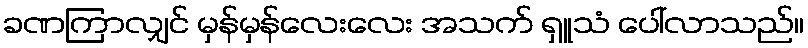
ခဏကြာလျှင် မှန်မှန်လေးလေး အသက် ရှူသံ ပေါ်လာသည်။